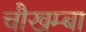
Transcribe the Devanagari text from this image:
चाैखम्बा